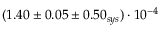
( 1 . 4 0 \pm 0 . 0 5 \pm 0 . 5 0 _ { s y s } ) \cdot 1 0 ^ { - 4 }